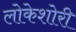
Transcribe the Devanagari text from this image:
लोकेशोरी